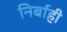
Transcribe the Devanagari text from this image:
निर्बाही